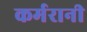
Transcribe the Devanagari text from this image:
कर्मरानी